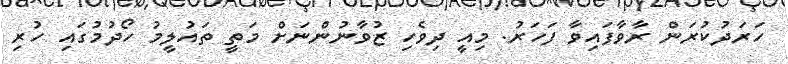
ހަރަދުކުރަން ރާވާފައިވާ ފަހަރު. މިއީ ދިވެހި ޒުވާނުންނަށް މަތީ ތައުލީމު ހޯދުމުގައި ހުރި